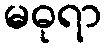
မဓုရာ